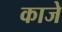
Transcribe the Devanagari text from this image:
काजे